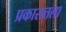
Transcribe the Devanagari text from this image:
प्रकारातला